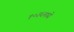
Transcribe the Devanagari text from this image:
१०३६मध्ये